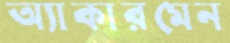
অ্যাকারমেন